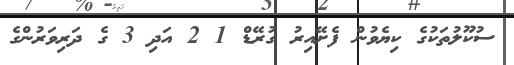
ސުކޫލުތަކުގެ ކިޔެވުން ފެށޭއިރު ގުރޭޑް 1 2 އަދި 3 ގެ ދަރިވަރުންގެ